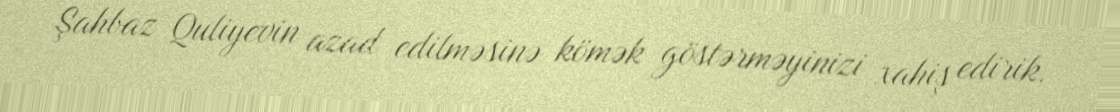
Şahbaz Quliyevin azad edilməsinə kömək göstərməyinizi xahiş edirik.